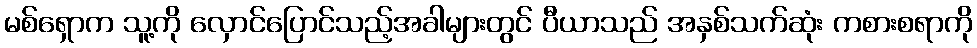
မစ်ရှောက သူ့ကို လှောင်ပြောင်သည့်အခါများတွင် ပီယာသည် အနှစ်သက်ဆုံး ကစားစရာကို